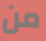
من